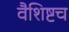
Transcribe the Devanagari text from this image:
वैशिष्टच